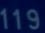
119